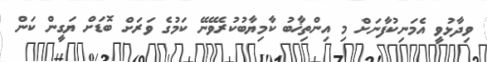
ވިދާޅުވީ އެމަނިކުފާނަށް މި އިންތިޚާބު ކާމިޔާބުކުރެވޭނޭ ކަމުގެ ވަރަށް ބޮޑަށް ޔަގީން ކަން